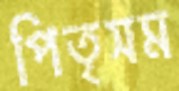
পিতৃসম